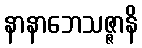
နာနာဘေသဇ္ဇာနိ